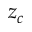
z _ { c }